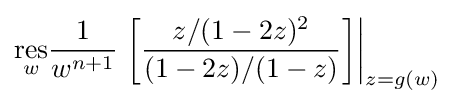
{\underset {w}{\mathrm {res} }}{\frac {1}{w^{n+1}}}\left.\left[{\frac {z/(1-2z)^{2}}{(1-2z)/(1-z)}}\right]\right|_{z=g(w)}